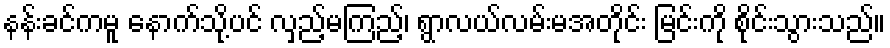
နန်းခင်ကမူ နောက်သို့ပင် လှည့်မကြည့်၊ ရွာလယ်လမ်းမအတိုင်း မြင်းကို စိုင်းသွားသည်။